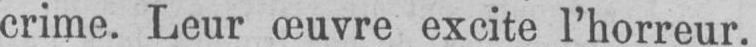
crime. Leur œuvre excite l’horreur.